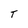
Character: T